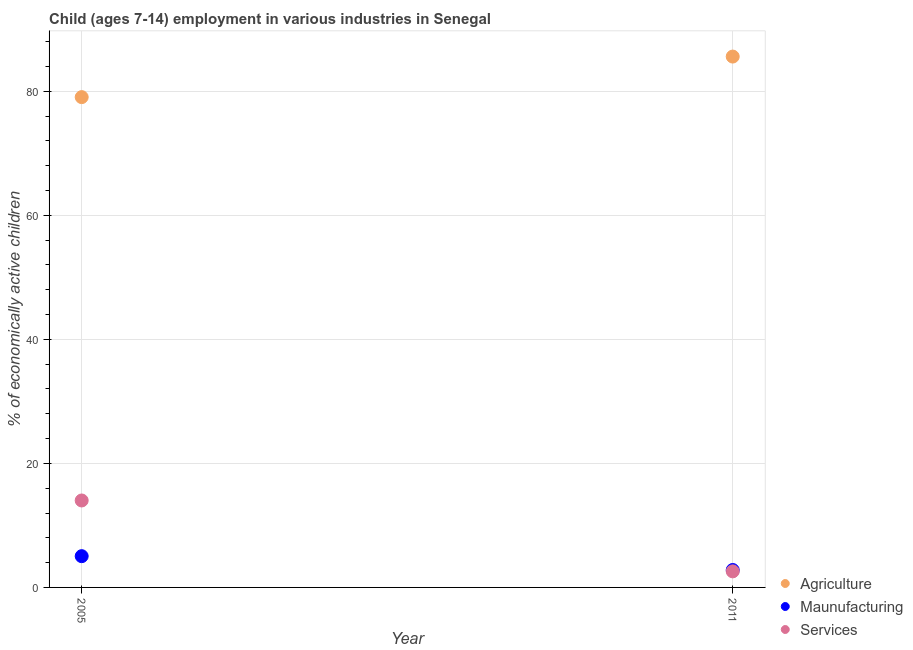
| Year | Agriculture | Maunufacturing | Services |
 | --- | --- | --- | --- |
 | 2005 | 79.1 | 5.04 | 14 |
 | 2011 | 85.6 | 2.81 | 2.59 |